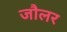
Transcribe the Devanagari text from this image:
जौलर